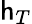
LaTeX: \mathsf{h}_{T}